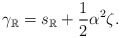
\begin{align*}\gamma_\mathbb{R}=s_\mathbb{R}+\frac{1}{2}\alpha^2\zeta.\end{align*}